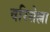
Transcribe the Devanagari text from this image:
वरिसेल्ला